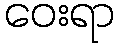
ဝေးရာ